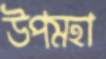
উপমহা